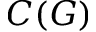
C ( G )